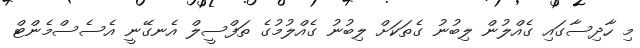
މި ހާދިސާގައި ގެއްލުން ލިބުނު ގެތަކަށް ލިބުނު ގެއްލުމުގެ ތަފްސީލް އެނގޭނީ އެސެސްމެންޓް